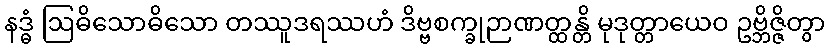
နဒ္ဓံ ဩဓိသောဓိသော တဿူဒရဿဟံ ဒိဗ္ဗစက္ခုဉာဏတ္ထန္တိ မုဒုတ္တာယေဝ ဥဗ္ဘိဇ္ဇိတွာ